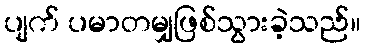
ပျက် ပမာတမျှဖြစ်သွားခဲ့သည်။